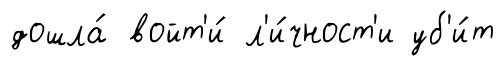
дошла́ войт'и́ л'и́чност'и уб'и́т